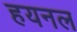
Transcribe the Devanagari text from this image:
हयनल